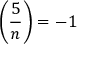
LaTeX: \left( { \frac { 5 } { n } } \right) = - 1